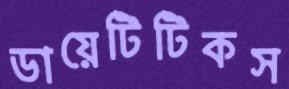
ডায়েটিটিকস